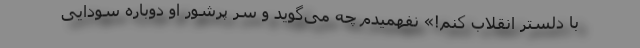
با دلستر انقلاب کنم!» نفهمیدم چه می‌گوید و سرِ پُرشور او دوباره سودایی